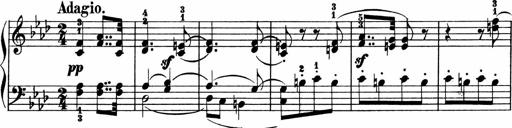
Title: 2 instructive Sonatinen
Composer: Paul Schumacher